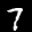
Label: 7